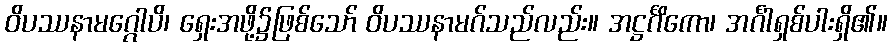
ဝိပဿနာမဂ္ဂေါပိ၊ ရှေးအဖို့၌ဖြစ်သော် ဝိပဿနာမဂ်သည်လည်း။ အဋ္ဌင်္ဂိကော၊ အင်္ဂါရှစ်ပါးရှိ၏။